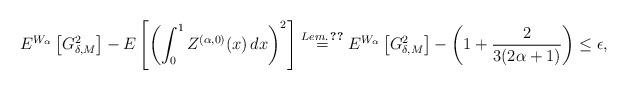
LaTeX: \begin{align*} E^{W_\alpha}\left[G_{\delta,M}^2 \right]-E\left[\left(\int_0^1 Z^{(\alpha,0)}(x)\,dx\right)^2\right]\overset{Lem.\,\ref{calc}}{=} E^{W_\alpha}\left[G_{\delta,M}^2 \right]-\left(1+\frac{2}{3(2\alpha+1)}\right)\le \epsilon, \end{align*}